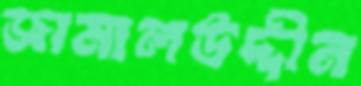
জামালউদ্দীন